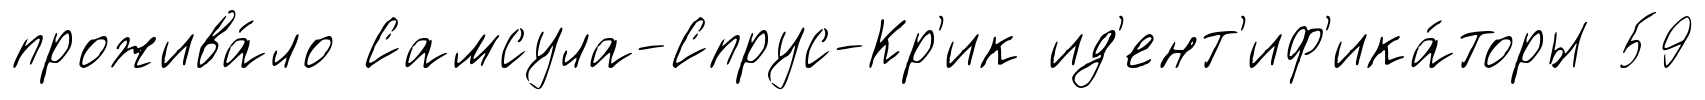
прожива́ло Самсула-Спрус-Кр'ик ид'ент'иф'ика́торы 59